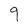
Character: 9